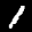
Label: 1